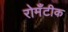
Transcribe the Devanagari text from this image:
रोमँटीक